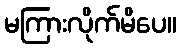
မကြားလိုက်မိပေ။